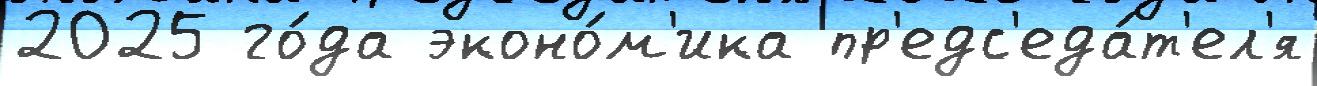
2025 го́да эконо́м'ика пр'едс'еда́т'ел'я